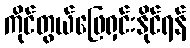
ကိုင်တွယ်ဖြေရှင်းနိုင်ရန်